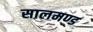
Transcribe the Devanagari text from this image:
सालमण्ड